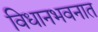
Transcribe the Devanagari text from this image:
विधानभवनात